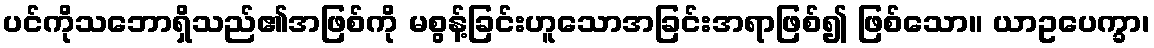
ပင်ကိုသဘောရှိသည်၏အဖြစ်ကို မစွန့်ခြင်းဟူသောအခြင်းအရာဖြစ်၍ ဖြစ်သော။ ယာဥပေက္ခာ၊